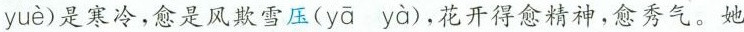
yuè )是寒冷，愈是风欺雪压( yā yà ) ，花开得愈精神，愈秀气。她